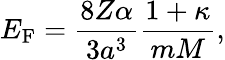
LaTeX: E_{\mathrm{F}}=\frac{8Z\alpha}{3a^{3}}\frac{1+\kappa}{mM},